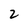
Character: 2